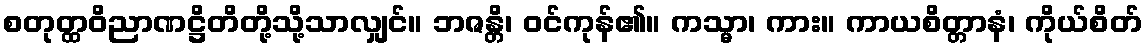
စတုတ္ထဝိညာဏဋ္ဌိတိတို့သို့သာလျှင်။ ဘဇန္တိ၊ ဝင်ကုန်၏။ ကသ္မာ၊ ကား။ ကာယစိတ္တာနံ၊ ကိုယ်စိတ်